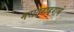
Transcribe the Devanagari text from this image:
मराठवाडयाचे